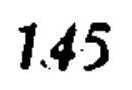
\(1.45\)